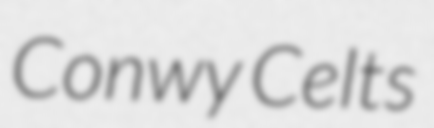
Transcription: Conwy Celts